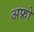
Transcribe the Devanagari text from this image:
अफ्रो